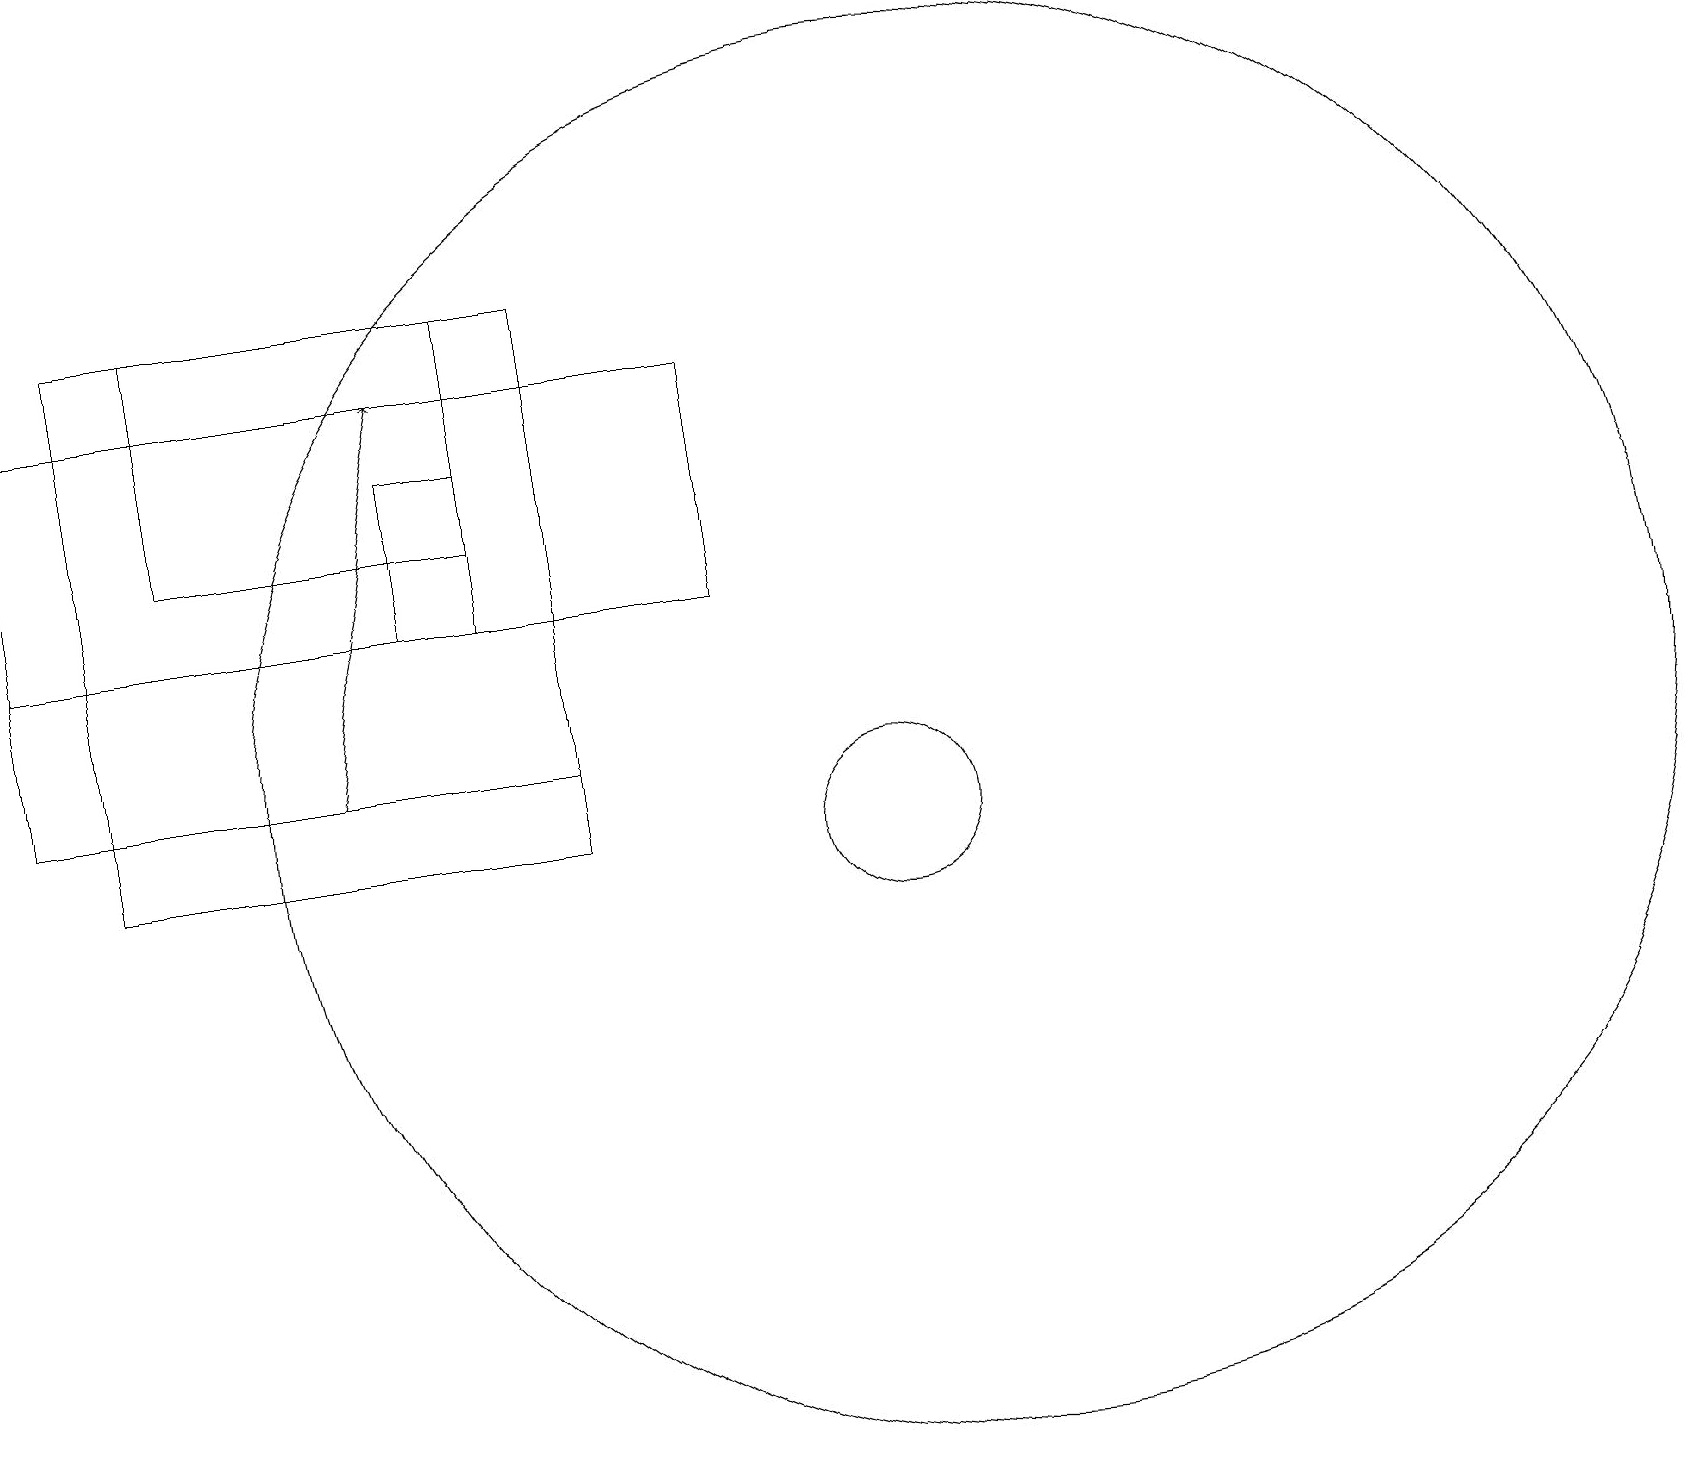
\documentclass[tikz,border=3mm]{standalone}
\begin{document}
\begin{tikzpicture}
\draw (12,11) circle (9);
\draw (6,14) rectangle (2,17);
\draw[->] (4,11) -- (5,16);
\draw (0,11) rectangle (7,13);
\draw (7,17) rectangle (1,10);
\draw (11,10) circle (1);
\draw (5,15) rectangle (6,13);
\draw (0,13) rectangle (9,16);
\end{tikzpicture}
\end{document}